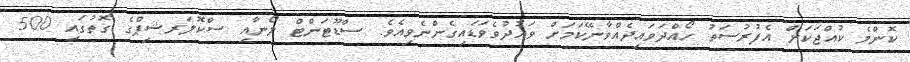
ކޮންމެ ކުއްޖަކަށް އެފުރުސަތު ހޯއްދަވައިދެއްވާނޭކަަމަށް ވައުދުވެވަޑައިގެންނެވިއެވެ. ސްޑޫޓަންޓް ލޯނާއި ސްކޮލަރޝިޕްގެ ގޮތުގައި 500